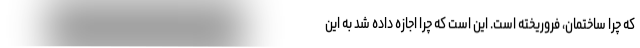
که چرا ساختمان، فروریخته است. این است که چرا اجازه داده شد به این